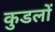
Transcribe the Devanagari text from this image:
कुडलों